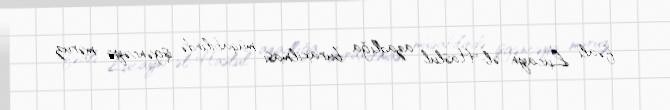
fəalı Lucayn əl-Haslul azadlığa buraxılması müqabilində işgəncəyə məruz